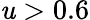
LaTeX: \mathit{u}>0.6